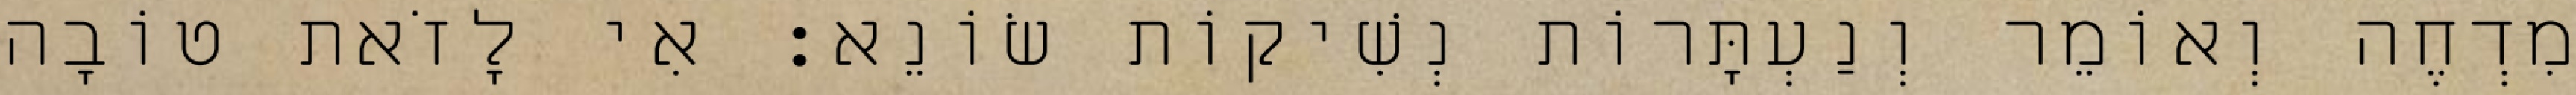
מִדְחֶה וְאוֹמֵר וְנַעְתָּרוֹת נְשִׁיקוֹת שׂוֹנֵא: אִי לָזֹאת טוֹבָה